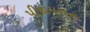
પીથમગન